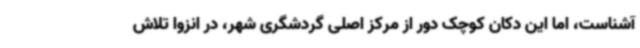
آشناست، اما این دکان کوچک دور از مرکز اصلی گردشگری شهر، در انزوا تلاش